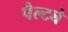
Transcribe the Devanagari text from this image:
पैल्ट्ये